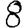
Digit: 8